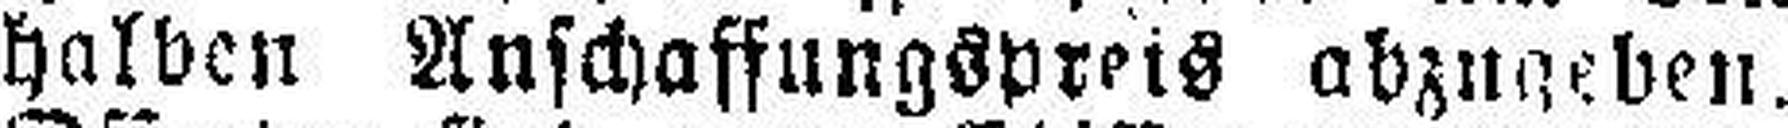
halben Anschaffungspreis abzugeben.